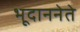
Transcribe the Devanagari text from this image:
भूदाननेते